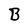
Character: B